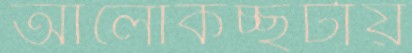
আলোকচ্ছটায়